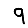
Digit: 9